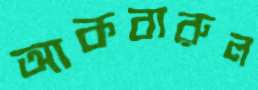
আকবারুল